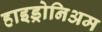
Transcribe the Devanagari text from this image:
हाइड्रोनिअम